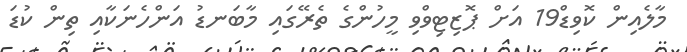
މާލެއިން ކޮވިޑް19 އަށް ޕޮޒިޓިވްވި މީހުންގެ ތެރޭގައި މާބަނޑު އަންހެނަކާއި ތިން ކުޑަ